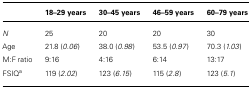
|  | 18–29 years | 30–45 years | 46–59 years | 60–79 years |
 | --- | --- | --- | --- | --- |
 | N | 25 | 20 | 20 | 30 |
 | Age | 21.8 (0.06) | 38.0 (0.98) | 53.5 (0.97) | 70.3 (1.03) |
 | M:F ratio | 9:16 | 4:16 | 6:14 | 13:17 |
 | FSIQa | 119 (2.02) | 123 (6.15) | 115 (2.8) | 123 (5.1) |